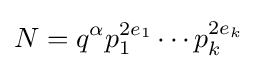
N=q^{\alpha }p_{1}^{2e_{1}}\cdots p_{k}^{2e_{k}}